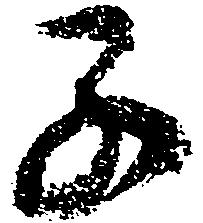
子